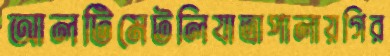
আলটিমেটলিযাত্রাপালায়গির